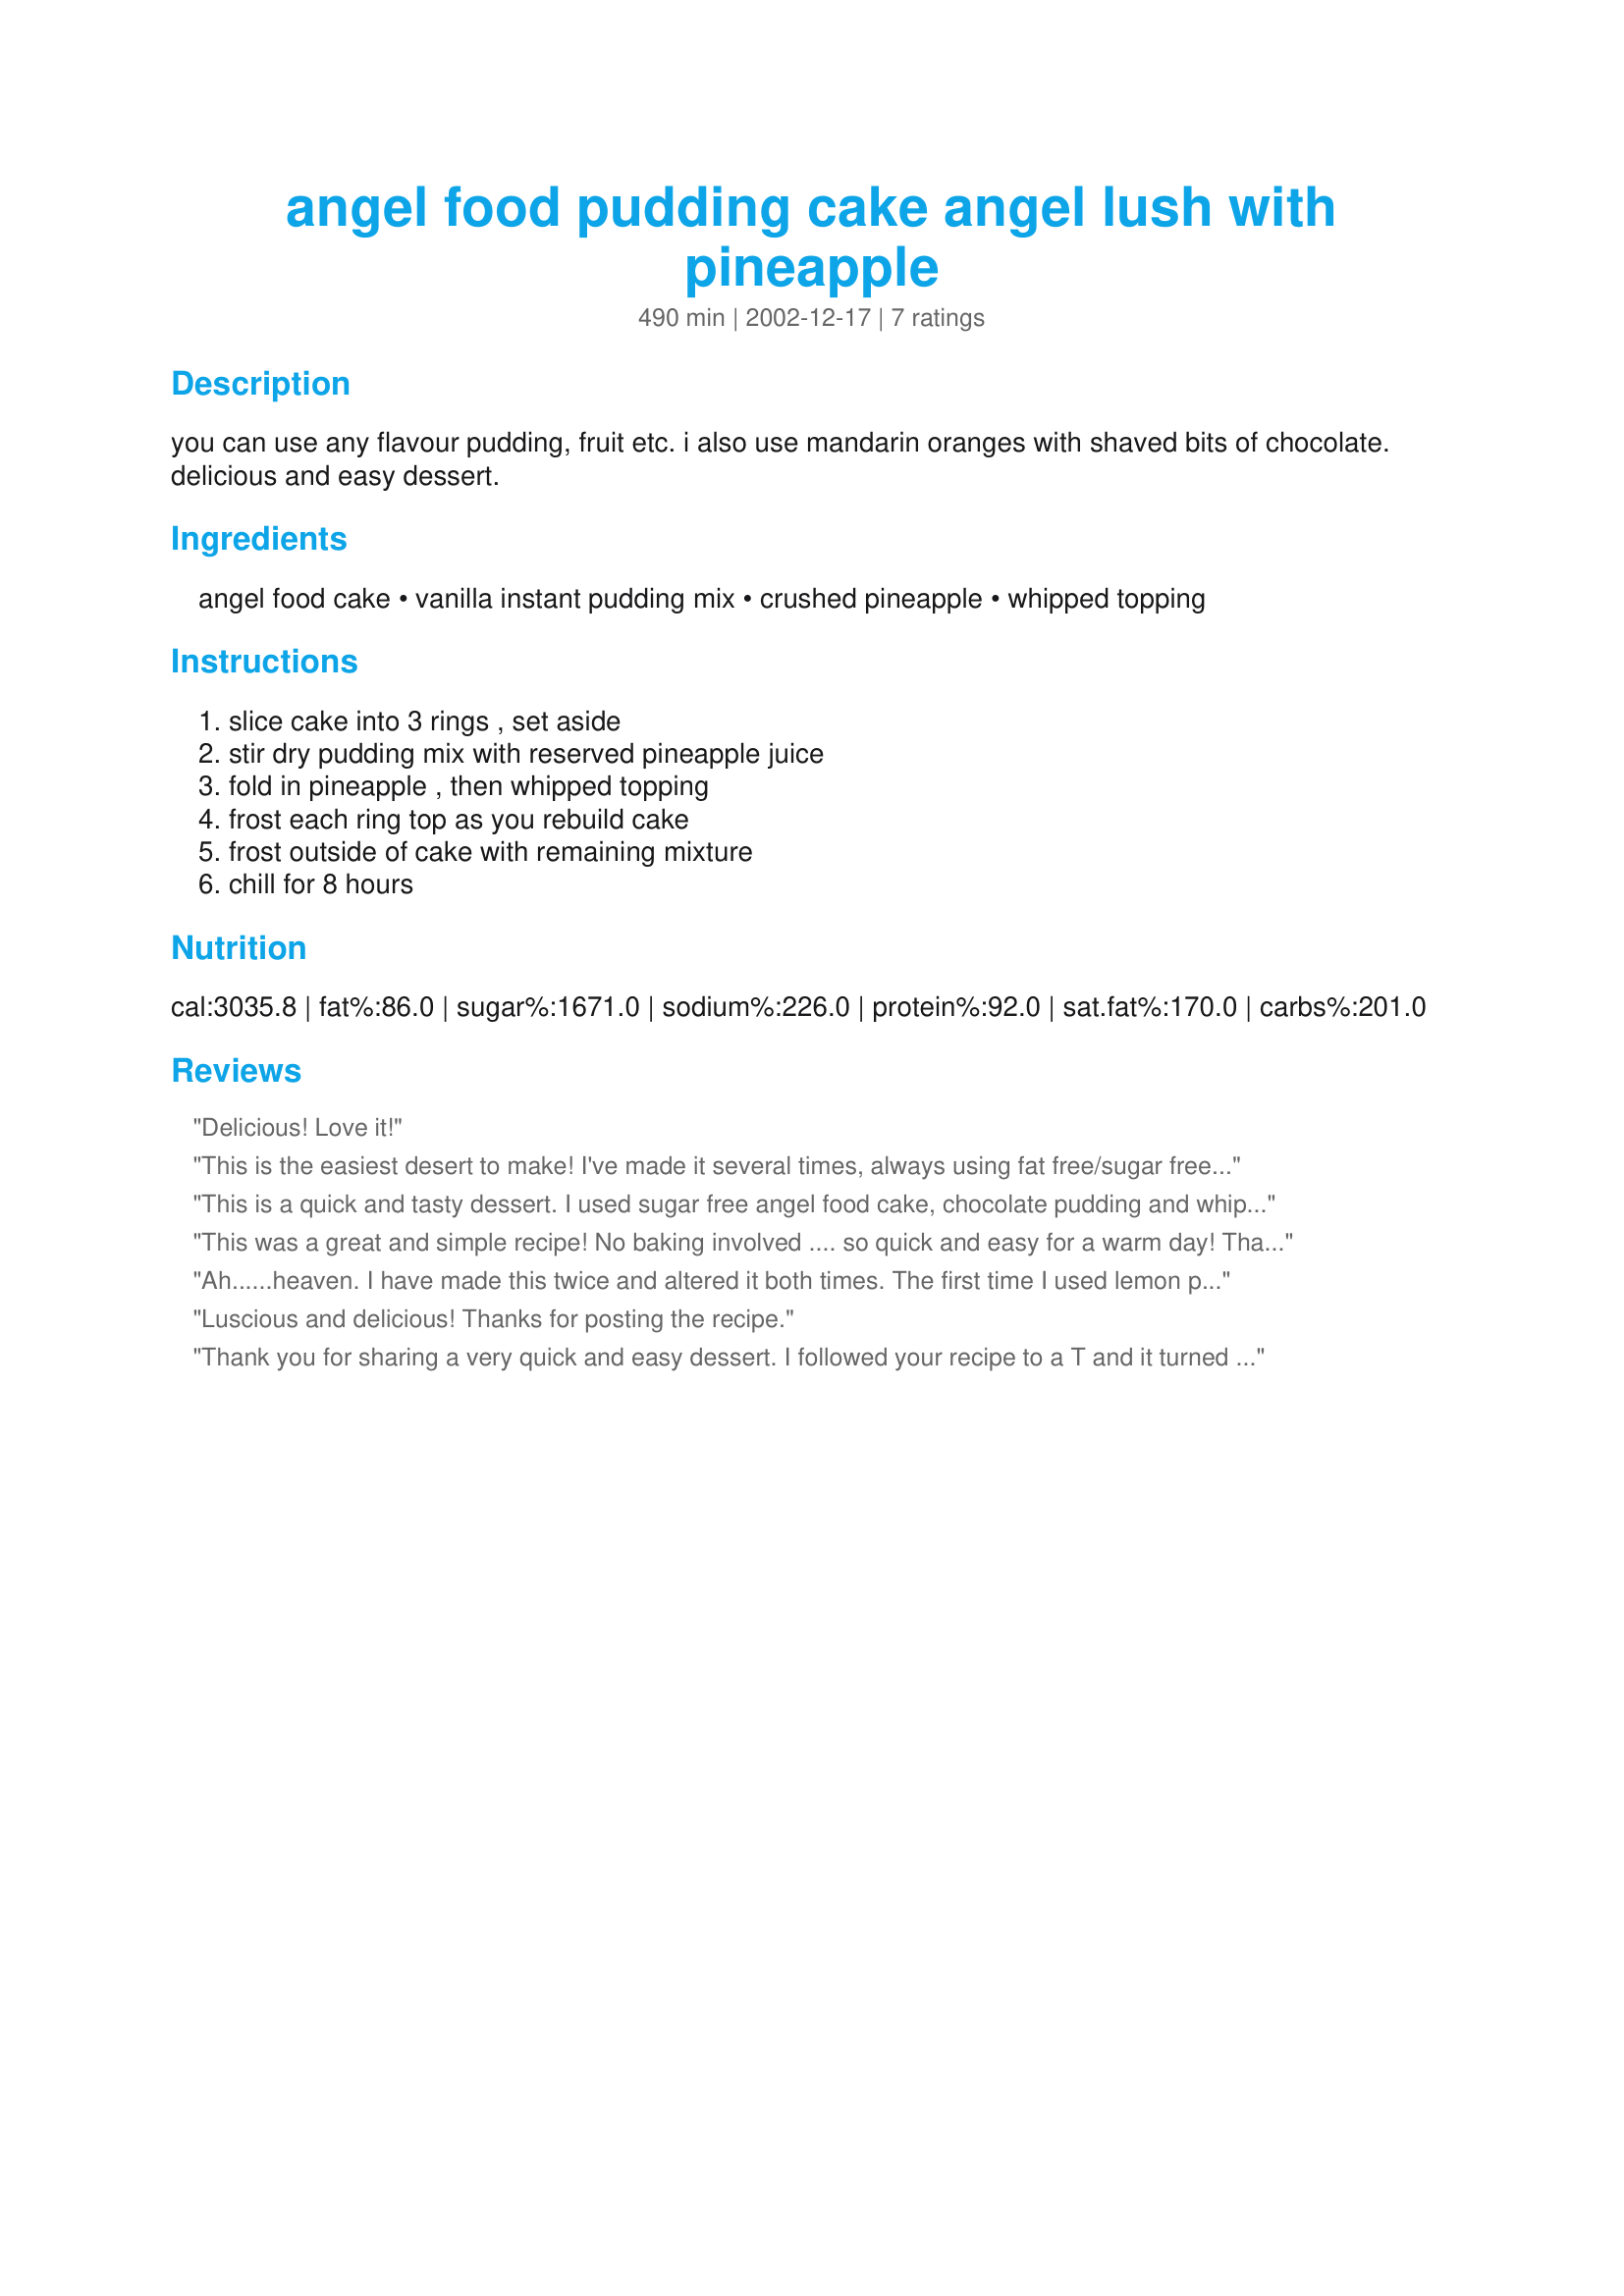
angel food pudding cake angel lush with pineapple
Preparation time: 490 minutes

you can use any flavour pudding, fruit etc. i also use mandarin oranges with shaved bits of chocolate. delicious and easy dessert.

Ingredients:
angel food cake, vanilla instant pudding mix, crushed pineapple, whipped topping

Steps:
slice cake into 3 rings , set aside, stir dry pudding mix with reserved pineapple juice, fold in pineapple , then whipped topping, frost each ring top as you rebuild cake, frost outside of cake with remaining mixture, chill for 8 hours

Reviews:
Delicious! Love it!
This is the easiest desert to make! I've made it several times, always using fat free/sugar free pudding mix and fat free cool whip - nobody can tell! Virtually no prep, huge crowd pleaser. You can't lose!
This is a quick and tasty dessert. I used sugar free angel food cake, chocolate pudding and whipped topping. Instead of pineapple I used rasberries. since there was no pineapple juice I add 1 c of skim milk. I'll make this ofter. Thanks for the treat.
This was a great and simple recipe! No baking involved .... so quick and easy for a warm day! Thanks!
Ah......heaven. I have made this twice and altered it both times. The first time I used lemon pudding and shaved lemon rind over top. Second time round, I used pistachio pudding and it was yummy. 
A light, delicious dessert and easy. Love it.
Luscious and delicious! Thanks for posting the recipe.
Thank you for sharing a very quick and easy dessert. I followed your recipe to a T and it turned out wonderful. Best of all my family loved it. A great summertime dessert. Only we couldn't wait the 8 hours for the first piece.
